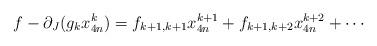
LaTeX: \begin{align*}f-\partial_J(g_kx_{4n}^k)=f_{k+1,k+1} x_{4n}^{k+1}+f_{k+1,k+2} x_{4n}^{k+2}+\cdots \end{align*}